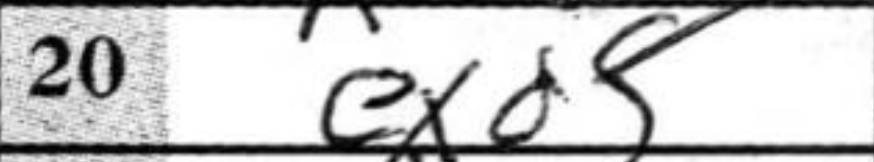
Transcription: exd5